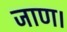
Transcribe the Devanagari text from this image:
जाण।